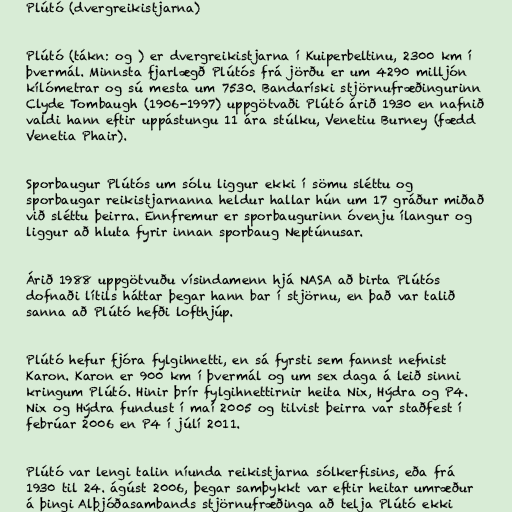
Plútó (dvergreikistjarna)

Plútó (tákn: og ) er dvergreikistjarna í Kuiperbeltinu, 2300 km í
þvermál. Minnsta fjarlægð Plútós frá jörðu er um 4290 milljón
kílómetrar og sú mesta um 7530. Bandaríski stjörnufræðingurinn
Clyde Tombaugh (1906-1997) uppgötvaði Plútó árið 1930 en nafnið
valdi hann eftir uppástungu 11 ára stúlku, Venetiu Burney (fædd
Venetia Phair).

Sporbaugur Plútós um sólu liggur ekki í sömu sléttu og
sporbaugar reikistjarnanna heldur hallar hún um 17 gráður miðað
við sléttu þeirra. Ennfremur er sporbaugurinn óvenju ílangur og
liggur að hluta fyrir innan sporbaug Neptúnusar.

Árið 1988 uppgötvuðu vísindamenn hjá NASA að birta Plútós
dofnaði lítils háttar þegar hann bar í stjörnu, en það var talið
sanna að Plútó hefði lofthjúp.

Plútó hefur fjóra fylgihnetti, en sá fyrsti sem fannst nefnist
Karon. Karon er 900 km í þvermál og um sex daga á leið sinni
kringum Plútó. Hinir þrír fylgihnettirnir heita Nix, Hýdra og P4.
Nix og Hýdra fundust í maí 2005 og tilvist þeirra var staðfest í
febrúar 2006 en P4 í júlí 2011.

Plútó var lengi talin níunda reikistjarna sólkerfisins, eða frá
1930 til 24. ágúst 2006, þegar samþykkt var eftir heitar umræður
á þingi Alþjóðasambands stjörnufræðinga að telja Plútó ekki